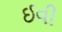
ઈવી